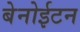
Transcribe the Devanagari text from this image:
बेनोईटन